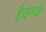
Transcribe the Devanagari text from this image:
है।इसाई